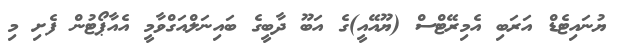
ޔުނައިޓެޑް އަރަބި އެމިރޭޓްސް (ޔޫއޭއީ)ގެ އަބޫ ދާބީގެ ބައިނަލްއަގްވާމީ އެއާޕޯޓުން ފެށި މި